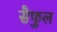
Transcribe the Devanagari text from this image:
सैफुल